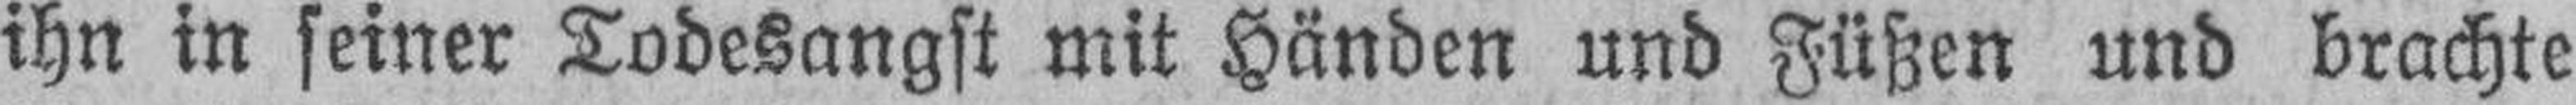
ihn in seiner Todesangst mit Händen und Füßen und brachte